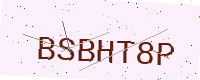
Text: BSBHT8P